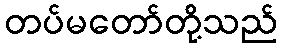
တပ်မတော်တို့သည်